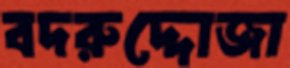
বদরুদ্দোজা